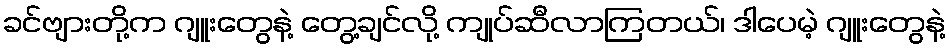
ခင်ဗျားတို့က ဂျူးတွေနဲ့ တွေ့ချင်လို့ ကျုပ်ဆီလာကြတယ်၊ ဒါပေမဲ့ ဂျူးတွေနဲ့